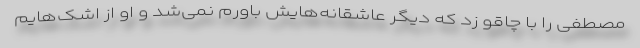
مصطفی را با چاقو زد که دیگر عاشقانه‌هایش باورم نمی‌شد و او از اشک‌هایم